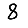
Digit: 8